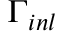
\Gamma _ { i n l }